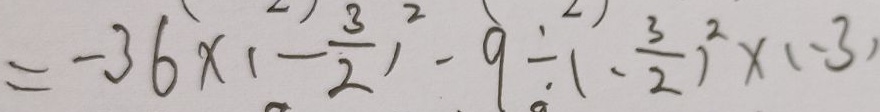
= - 3 6 \times ( - \frac { 3 } { 2 } ) ^ { 2 } - 9 \div ( - \frac { 3 } { 2 } ) ^ { 2 } \times ( - 3 )